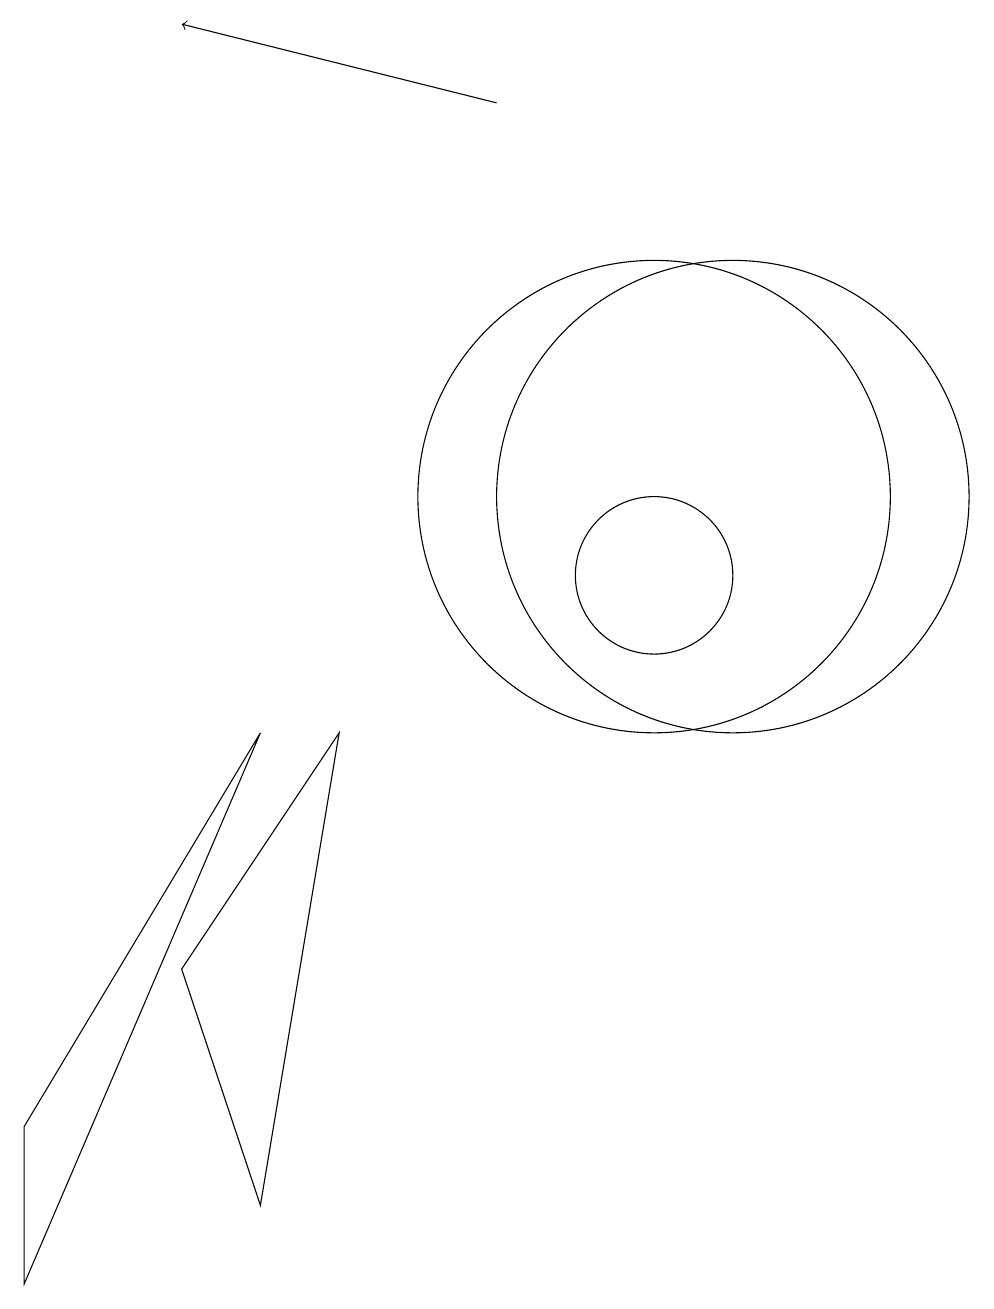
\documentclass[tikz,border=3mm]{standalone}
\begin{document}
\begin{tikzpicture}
\draw (10,11) circle (3);
\draw (10,10) circle (1);
\draw (11,11) circle (3);
\draw (2,1) -- (5,8) -- (2,3) -- cycle;
\draw (4,5) -- (6,8) -- (5,2) -- cycle;
\draw[->] (8,16) -- (4,17);
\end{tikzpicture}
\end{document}